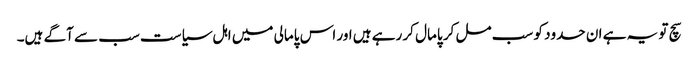
سچ تو یہ ہے ان حدود کو سب مل کر پامال کر رہے ہیں اور اس پامالی میں اہل سیاست سب سے آگے ہیں۔